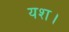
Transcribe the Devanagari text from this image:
यश।